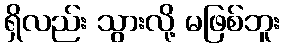
ရှိလည်း သွားလို့ မဖြစ်ဘူး